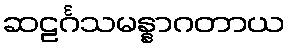
ဆဠင်္ဂသမန္နာဂတာယ